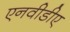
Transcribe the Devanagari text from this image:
एनवीडीए